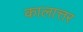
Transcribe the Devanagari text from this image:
कालात्तर